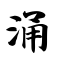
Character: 涌